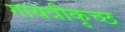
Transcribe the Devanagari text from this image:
गायत्रीकृच्छ